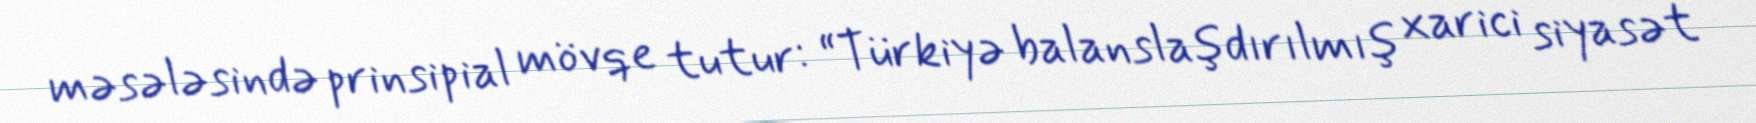
məsələsində prinsipial mövqe tutur: “Türkiyə balanslaşdırılmış xarici siyasət